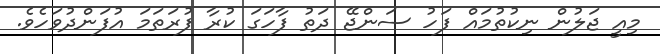
މިއީ ޖަލުން ނިކުތުމައް ފަހު ސަންޖޭ ދަތު ފާހަގަ ކުރާ ފުރަތަމަ އުފަންދުވަހެވެ.